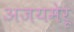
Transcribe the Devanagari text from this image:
अजयमेरू